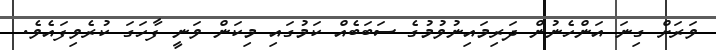
ވަރަށް ގިނަ އަންހެނުން ދަރިމައިނުވުމުގެ ސަބަބެއް ކަމުގައި މިކަން ވަނީ ފާހަގަ ކުރެވިފައެވެ.